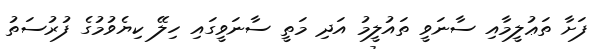
ފަށާ ތަޢުލީމާއި ސާނަވީ ތައުލީމު އަދި މަތީ ސާނަވީގައި ހިލޭ ކިޔެވުމުގެ ފުރުސަތު